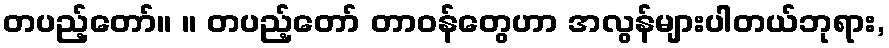
တပည့်တော်။ ။ တပည့်တော် တာဝန်တွေဟာ အလွန်များပါတယ်ဘုရား,